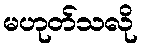
မဟုတ်သလို